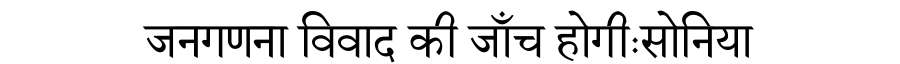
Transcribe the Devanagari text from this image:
जनगणना विवाद की जाँच होगीःसोनिया